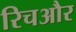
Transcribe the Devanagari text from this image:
रिचऔर